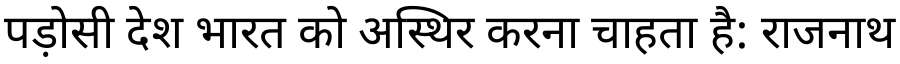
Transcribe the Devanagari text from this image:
पड़ोसी देश भारत को अस्थिर करना चाहता है: राजनाथ